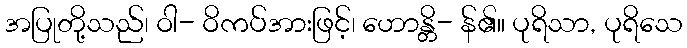
အပြုတို့သည်၊ ဝါ- ဝိကပ်အားဖြင့်၊ ဟောန္တိ- န်၏။ ပုရိသာ, ပုရိသေ